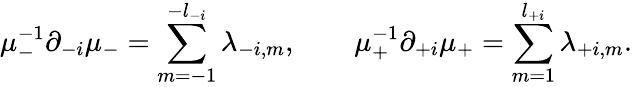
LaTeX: \mu_{-}^{-1}\partial_{-i}\mu_{-}=\sum_{m=-1}^{-l_{-i}}\lambda_{-i,m},\qquad\mu_{+}^{-1}\partial_{+i}\mu_{+}=\sum_{m=1}^{l_{+i}}\lambda_{+i,m}.